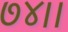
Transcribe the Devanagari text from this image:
७४।।